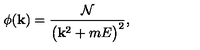
\phi ( { \bf k } ) = { \frac { \cal N } { \bigl ( { \bf k } ^ { 2 } + m E \bigr ) ^ { 2 } } } ,